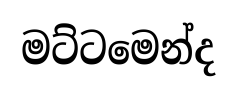
මට්ටමෙන්ද